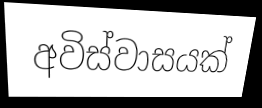
අවිස්වාසයක්